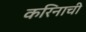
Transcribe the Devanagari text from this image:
करिनाची